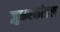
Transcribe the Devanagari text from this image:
ज़ुकरकांडल